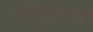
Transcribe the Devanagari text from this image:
गणितावरच